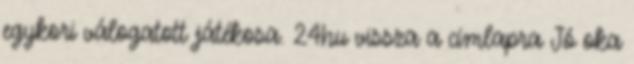
egykori válogatott játékosa. 24hu vissza a címlapra Jó oka